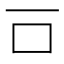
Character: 𠮛